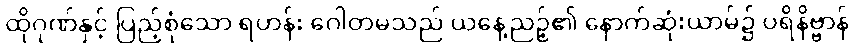
ထိုဂုဏ်နှင့် ပြည့်စုံသော ရဟန်း ဂေါတမသည် ယနေ့ညဉ့်၏ နောက်ဆုံးယာမ်၌ ပရိနိဗ္ဗာန်